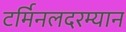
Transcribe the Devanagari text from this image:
टर्मिनलदरम्यान